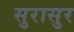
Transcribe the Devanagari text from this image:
सुरासुर